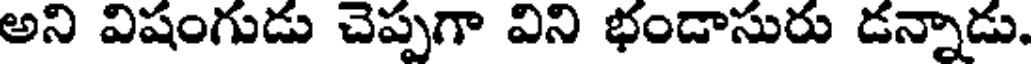
అని విషంగుడు చెప్పగా విని భండాసురు డన్నాడు.